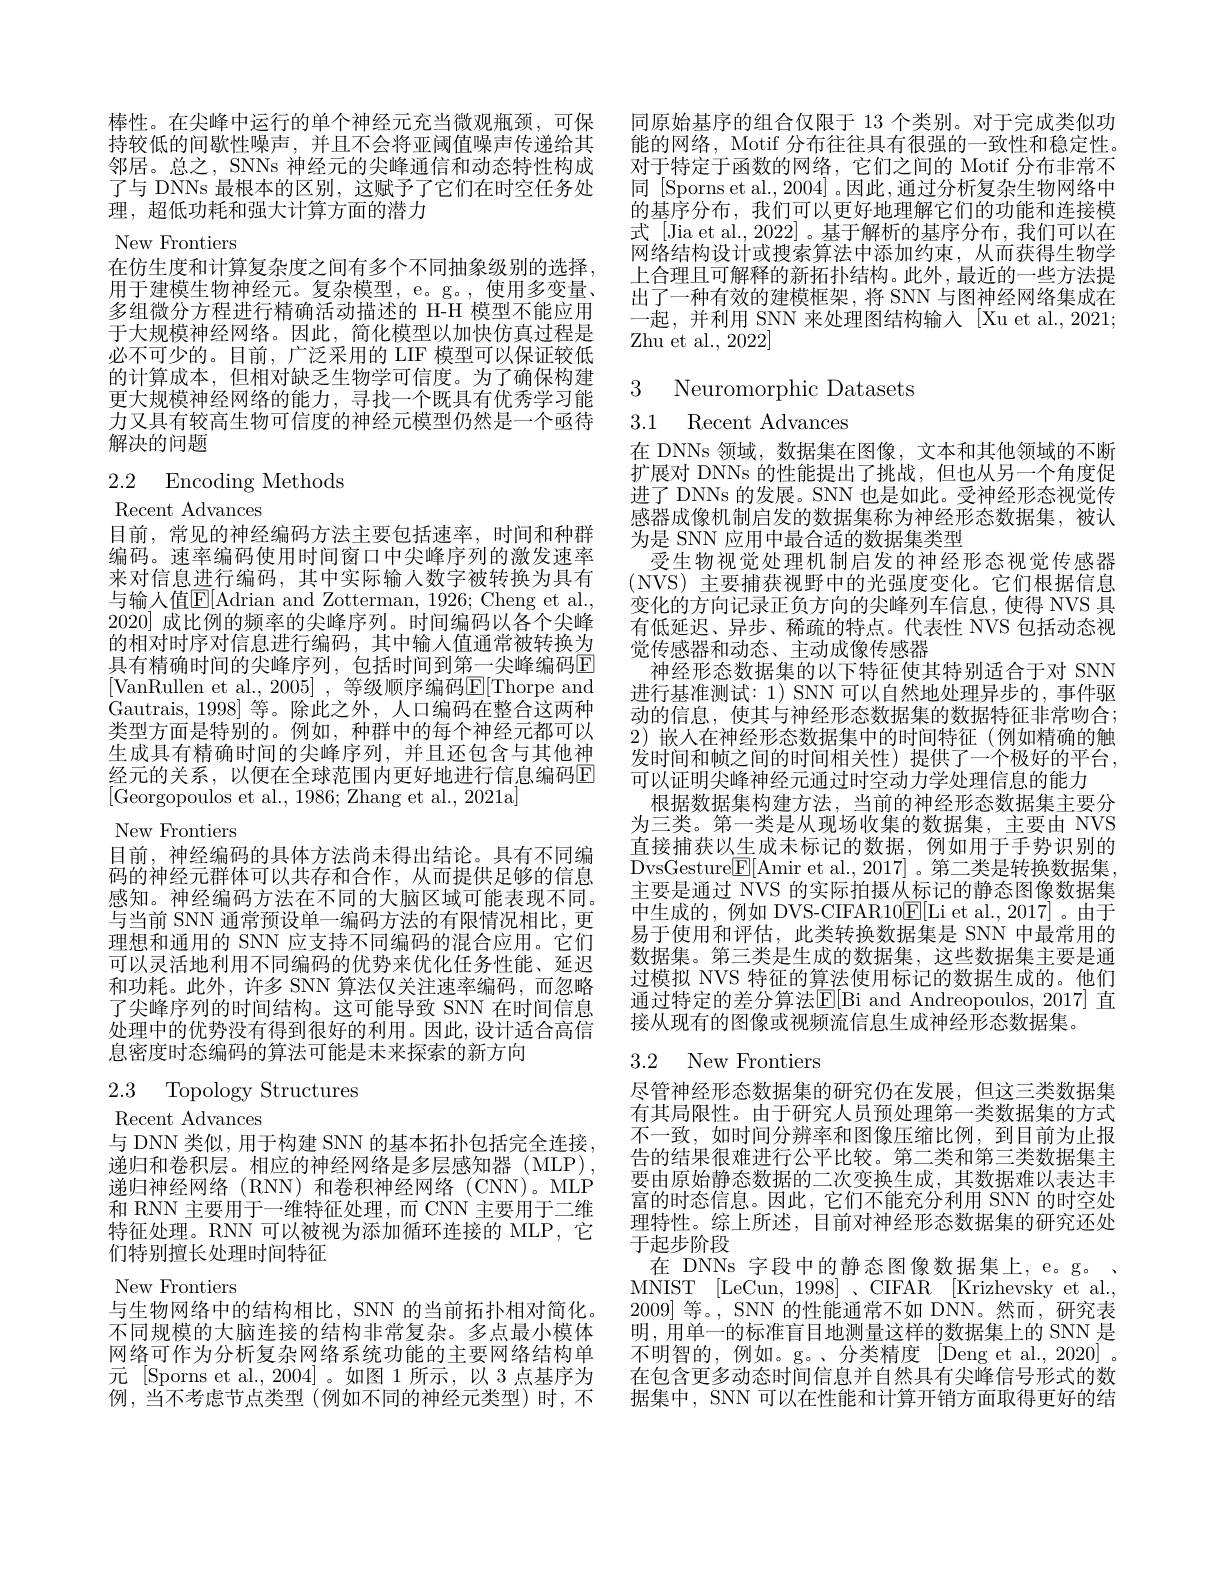
棒性。在尖峰中运行的单个神经元充当微观瓶颈，可保持较低的间歇性噪声，并且不会将亚阈值噪声传递给其邻居。总之，SNNs 神经元的尖峰通信和动态特性构成了与 DNNs 最根本的区别，这赋予了它们在时空任务处理，超低功耗和强大计算方面的潜力
New Frontiers
在仿生度和计算复杂度之间有多个不同抽象级别的选择， 用于建模生物神经元。复杂模型，e。g。, 使用多变量、 多组微分方程进行精确活动描述的 H-H 模型不能应用于大规模神经网络。因此，简化模型以加快仿真过程是必不可少的。目前，广泛采用的 LIF 模型可以保证较低的计算成本，但相对缺乏生物学可信度。为了确保构建更大规模神经网络的能力，寻找一个既具有优秀学习能力又具有较高生物可信度的神经元模型仍然是一个亟待解决的问题

# 2.2 Encoding Methods

Recent Advances

目前，常见的神经编码方法主要包括速率，时间和种群编码。速率编码使用时间窗口中尖峰序列的激发速率来对信息进行编码，其中实际输人数字被转换为具有与输入值E[ Adrian and Zotterman, 1926; Cheng et al. 2020] 成比例的频率的尖峰序列。时间编码以各个尖峰的相对时序对信息进行编码，其中输人值通常被转换为具有精确时间的尖峰序列，包括时间到第一尖峰编码E [VanRullen et al., 2005] , 等级顺序编码$\mathbb{E}[$Thorpe and Gautrais, 1998]等。除此之外，人口编码在整合这两种类型方面是特别的。例如，种群中的每个神经元都可以生成具有精确时间的尖峰序列，并且还包含与其他神经元的关系，以便在全球范围内更好地进行信息编码E [Georgopoulos et al., 1986; Zhang et al., 2021a]
New Frontiers
目前，神经编码的具体方法尚未得出结论。具有不同编码的神经元群体可以共存和合作，从而提供足够的信息感知。神经编码方法在不同的大脑区域可能表现不同。与当前 SNN 通常预设单一编码方法的有限情况相比，更理想和通用的 SNN 应支持不同编码的混合应用。它们可以灵活地利用不同编码的优势来优化任务性能、延迟和功耗。此外，许多 SNN 算法仅关注速率编码，而忽略了尖峰序列的时间结构。这可能导致 SNN 在时间信息处理中的优势没有得到很好的利用。因此，设计适合高信息密度时态编码的算法可能是未来探索的新方向

2.3 Topology Structures

Recent Advances
与 DNN 类似，用于构建 SNN 的基本拓扑包括完全连接递归和卷积层。相应的神经网络是多层感知器(MLP), 递归神经网络(RNN)和卷积神经网络(CNN)。MLP 和 RNN 主要用于一维特征处理，而 CNN 主要用于二维特征处理。RNN 可以被视为添加循环连接的 MLP,它们特别擅长处理时间特征
New Frontiers
与生物网络中的结构相比，SNN 的当前拓扑相对简化。不同规模的大脑连接的结构非常复杂。多点最小模体网络可作为分析复杂网络系统功能的主要网络结构单元[Sporns et al.,2004]。如图 1所示，以 3 点基序为例，当不考虑节点类型(例如不同的神经元类型)时，不

同原始基序的组合仅限于 13 个类别。对于完成类似功能的网络，Motif 分布往往具有很强的一致性和稳定性。对于特定于函数的网络，它们之间的 Motif 分布非常不同 [Sporns et al., 2004] 。因此 ,通过分析复杂生物网络中的基序分布，我们可以更好地理解它们的功能和连接模式 [Jia et al., 2022]。基于解析的基序分布，我们可以在网络结构设计或搜索算法中添加约束，从而获得生物学上合理且可解释的新拓扑结构。此外，最近的一些方法提出了一种有效的建模框架，将 SNN 与图神经网络集成在一起，并利用 SNN 来处理图结构输入 [Xu et al.,2021; ${\text{Zhu et al., 2022}}]$

3 Neuromorphic Datasets
## 3.1 Recent Advances

在 DNNs 领域，数据集在图像，文本和其他领域的不断扩展对 DNNs 的性能提出了挑战，但也从另一个角度促进了 DNNs 的发展。SNN 也是如此。受神经形态视觉传感器成像机制启发的数据集称为神经形态数据集，被认为是 SNN 应用中最合适的数据集类型
受生物视觉处理机制启发的神经形态视觉传感器(NVS)主要捕获视野中的光强度变化。它们根据信息变化的方向记录正负方向的尖峰列车信息，使得 NVS 具有低延迟、异步、稀疏的特点。代表性 NVS 包括动态视觉传感器和动态、主动成像传感器
神经形态数据集的以下特征使其特别适合于对 SNN 进行基准测试：1) SNN 可以自然地处理异步的，事件驱动的信息，使其与神经形态数据集的数据特征非常吻合； 2)嵌人在神经形态数据集中的时间特征(例如精确的触发时间和帧之间的时间相关性)提供了一个极好的平台， 可以证明尖峰神经元通过时空动力学处理信息的能力
根据数据集构建方法，当前的神经形态数据集主要分为三类。第一类是从现场收集的数据集，主要由 NVS 直接捕获以生成未标记的数据，例如用于手势识别的DvsGesture$\boxed{\mathrm{E}}[$Amir et al.,2017]。第二类是转换数据集， 主要是通过 NVS 的实际拍摄从标记的静态图像数据集中生成的，例如 DVS-CIFAR10$\boxed{\mathrm{E}}[$Li et al., 2017]。由于易于使用和评估，此类转换数据集是 SNN 中最常用的数据集。第三类是生成的数据集，这些数据集主要是通过模拟 NVS 特征的算法使用标记的数据生成的。他们通过特定的差分算法E[ Bi and Andreopoulos, 2017] 直接从现有的图像或视频流信息生成神经形态数据集。

# 3.2 New Frontiers

尽管神经形态数据集的研究仍在发展，但这三类数据集有其局限性。由于研究人员预处理第一类数据集的方式不一致，如时间分辨率和图像压缩比例，到目前为止报告的结果很难进行公平比较。第二类和第三类数据集主要由原始静态数据的二次变换生成，其数据难以表达丰富的时态信息。因此，它们不能充分利用 SNN 的时空处理特性。综上所述，目前对神经形态数据集的研究还处于起步阶段
在 DNNs 字段中的静态图像数据集上，e。g。, MNIST [LeCun, 1998]、CIFAR [Krizhevskyetal., 2009]等。, SNN 的性能通常不如 DNN。然而，研究表明，用单一的标准盲目地测量这样的数据集上的 SNN 是不明智的，例如。g。、分类精度[Dengetal.,2020]。在包含更多动态时间信息并自然具有尖峰信号形式的数据集中，SNN 可以在性能和计算开销方面取得更好的结